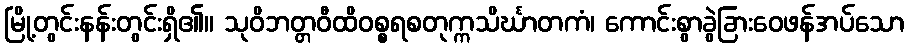
မြို့တွင်းနန်းတွင်းရှိ၏။ သုဝိဘတ္တဝီထိဝစ္စရစတုက္ကသိင်္ဃာတကံ၊ ကောင်းစွာခွဲခြားဝေဖန်အပ်သော